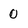
Character: 0